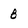
Character: B